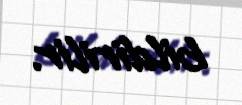
bildirilir.